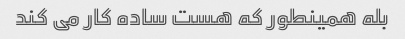
بله همینطور که هست ساده کار می کند